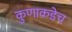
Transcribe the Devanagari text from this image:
कुणाकडेच